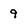
Character: 9